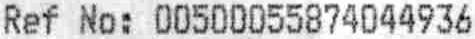
REF NO: 00500055874044936